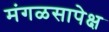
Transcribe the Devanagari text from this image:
मंगळसापेक्ष